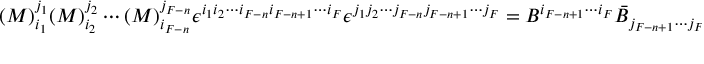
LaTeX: ( { \cal M } ) _ { i _ { 1 } } ^ { j _ { 1 } } ( { \cal M } ) _ { i _ { 2 } } ^ { j _ { 2 } } \cdots ( { \cal M } ) _ { i _ { F - n } } ^ { j _ { F - n } } \epsilon ^ { i _ { 1 } i _ { 2 } \cdots i _ { F - n } i _ { F - n + 1 } \cdots i _ { F } } \epsilon ^ { j _ { 1 } j _ { 2 } \cdots j _ { F - n } j _ { F - n + 1 } \cdots j _ { F } } = B ^ { i _ { F - n + 1 } \cdots i _ { F } } \bar { B } _ { j _ { F - n + 1 } \cdots j _ { F } } .